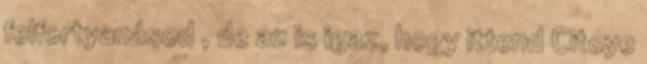
felfortyanásod , de az is igaz, hogy ittend Citoye